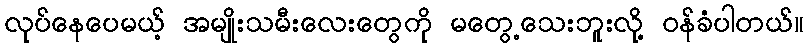
လုပ်နေပေမယ့် အမျိုးသမီးလေးတွေကို မတွေ့သေးဘူးလို့ ဝန်ခံပါတယ်။